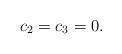
LaTeX: \begin{align*} c_2=c_3=0.\end{align*}